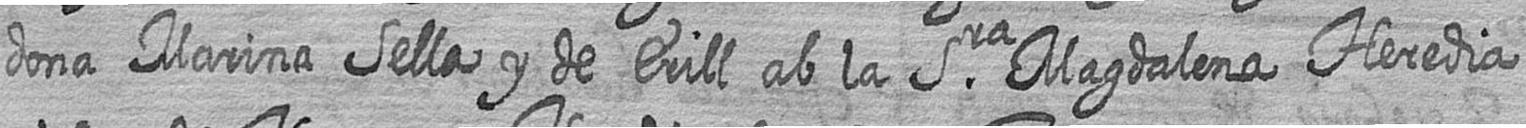
dona Marina Sella y de Erill ab la Sra Magdalena Heredia